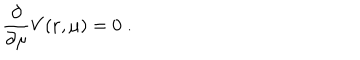
\frac { \partial } { \partial \mu } V ( { \bf r } , \mu ) = 0 \; .